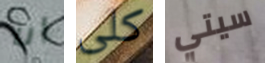
أنا كلى سيتي